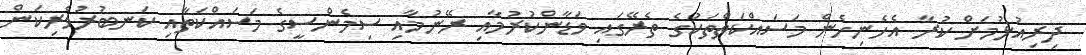
ދިރިއުޅުމަށް ކުރާ އެހެނިހެން މަސައްކަތްތަކުގެ ތެރޭގައި ވަޑާންކުރުމާއި ރޭނުމާއި ސިމެންސީގެ މަސައްކަތާއި ކަނބުރުވެރިކަން